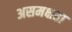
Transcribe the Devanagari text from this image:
असमक्षता